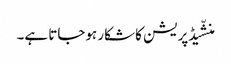
منشّیڈپریشن کا شکار ہوجاتا ہے۔